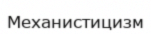
Механистицизм